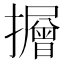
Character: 𭣃